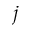
j